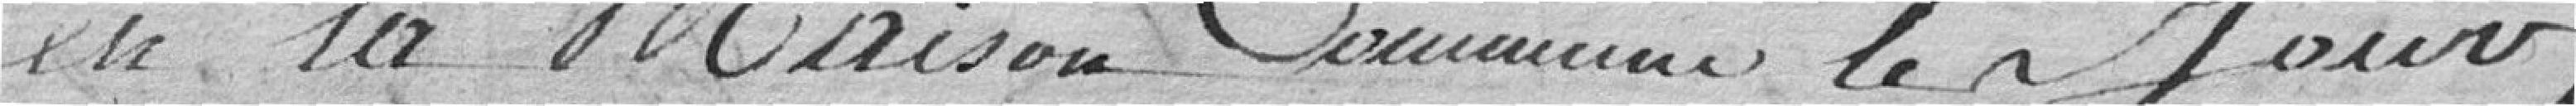
en la maison commune les jours,